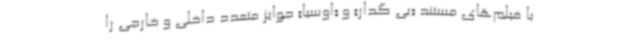
با فیلم‌های مستند «بی گدار» و «اوسیا» جوایز متعدد داخلی و خارجی را